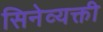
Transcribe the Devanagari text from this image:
सिनेव्यक्ती